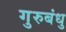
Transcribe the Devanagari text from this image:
गुरुबंधु